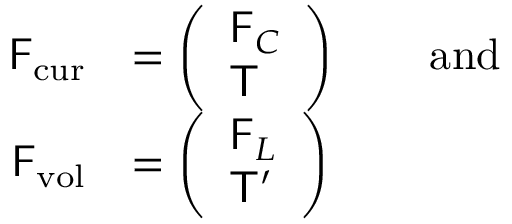
\begin{array} { r l } { \mathsf { F } _ { \mathrm { c u r } } } & { = \left( \begin{array} { l } { \mathsf { F } _ { C } } \\ { \mathsf { T } } \end{array} \right) \qquad \mathrm { a n d } } \\ { \mathsf { F } _ { \mathrm { v o l } } } & { = \left( \begin{array} { l } { \mathsf { F } _ { L } } \\ { \mathsf { T } ^ { \prime } } \end{array} \right) } \end{array}